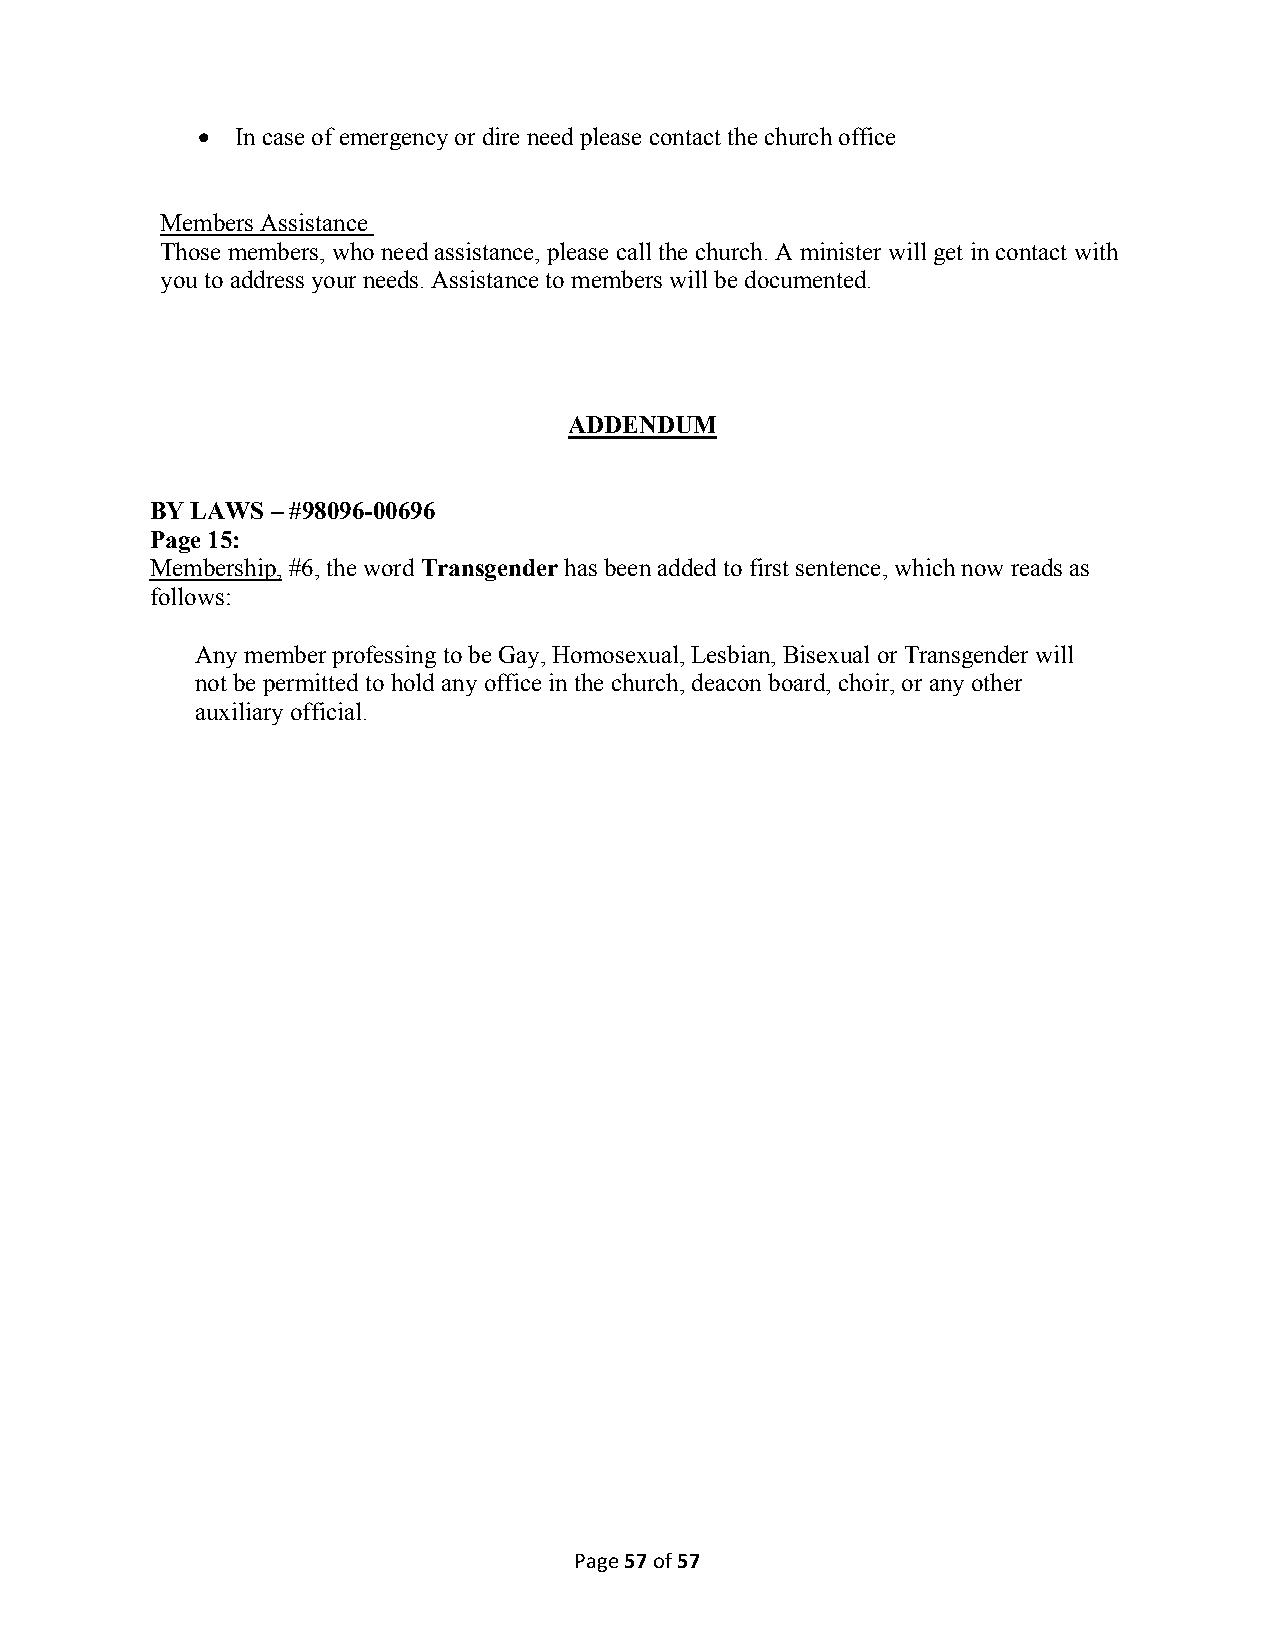
•  In case of emergency or dire need please contact the church office
 Members Assistance
 Those members, who need assistance, please call the church. A minister will get in contact with
 you to address your needs. Assistance to members will be documented.
 ADDENDUM
 BY LAWS – #98096-00696
 Page 15:
 Membership, #6, the word Transgender has been added to first sentence, which now reads as
 follows:
 Any member professing to be Gay, Homosexual, Lesbian, Bisexual or Transgender will
 not be permitted to hold any office in the church, deacon board, choir, or any other
 auxiliary official.
 Page 57 of 57